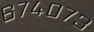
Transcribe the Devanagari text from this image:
६७४०७३